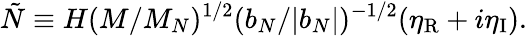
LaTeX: {\tilde{N}}\equiv H(M/M_{N})^{1/2}(b_{N}/|b_{N}|)^{-1/2}(\eta_{\mathrm{R}}+i\eta_{\mathrm{I}}).